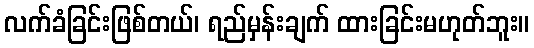
လက်ခံခြင်းဖြစ်တယ်၊ ရည်မှန်းချက် ထားခြင်းမဟုတ်ဘူး။